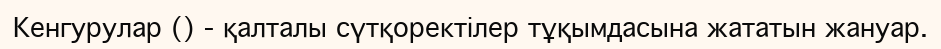
Кенгурулар () - қалталы сүтқоректілер тұқымдасына жататын жануар.